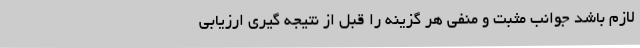
لازم باشد جوانب مثبت و منفی هر گزینه را قبل از نتیجه گیری ارزیابی